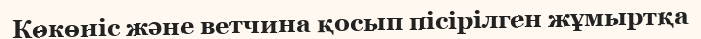
Көкөніс және ветчина қосып пісірілген жұмыртқа